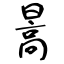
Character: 暠